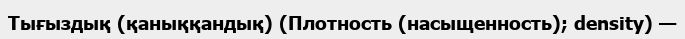
Тығыздық (қаныққандық) (Плотность (насыщенность); density) —